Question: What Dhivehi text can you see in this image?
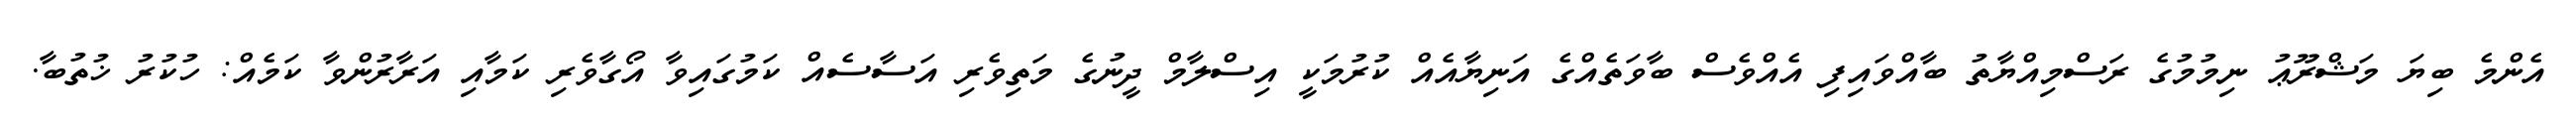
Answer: އެންމެ ބިޔަ މަޝްރޫޢު ނިމުމުގެ ރަސްމިއްޔާތު ބާއްވައިފި އެއްވެސް ބާވަތެއްގެ އަނިޔާއެއް ކުރުމަކީ އިސްލާމް ދީނުގެ މަތިވެރި އަސާސެއް ކަމުގައިވާ އޯގާވެރި ކަމާއި އަރާރުންވާ ކަމެއް: ހުކުރު ޚުތުބާ.